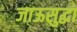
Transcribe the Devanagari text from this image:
जाऊसुद्धा